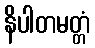
နိပါတမတ္တံ